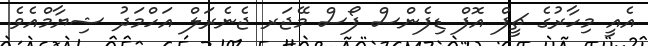
އެއީ މިހާރުގެ ޗީފް އޮފް ޑިފެންސް ފޯސް މޭޖަރ ޖެނެރަލް އަހްމަދު ޝިޔާމްއެވެ.